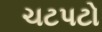
ચટપટો